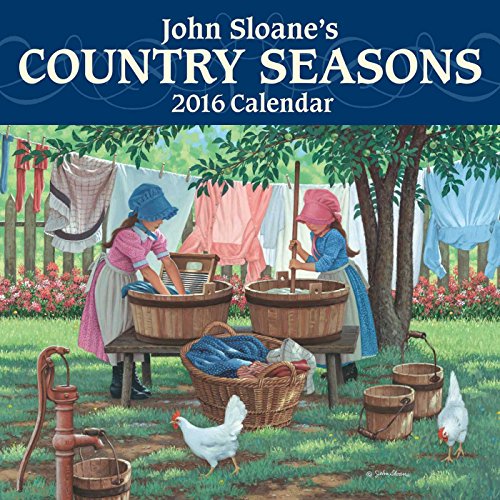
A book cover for John Sloane's Country Seasons 2016 Mini Wall Calendar; John Sloane; Arts & Photography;